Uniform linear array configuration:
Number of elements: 48
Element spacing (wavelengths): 0.25
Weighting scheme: cosine
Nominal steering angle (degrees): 30
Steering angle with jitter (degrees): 30.945
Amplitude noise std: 0.05
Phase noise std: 0.05

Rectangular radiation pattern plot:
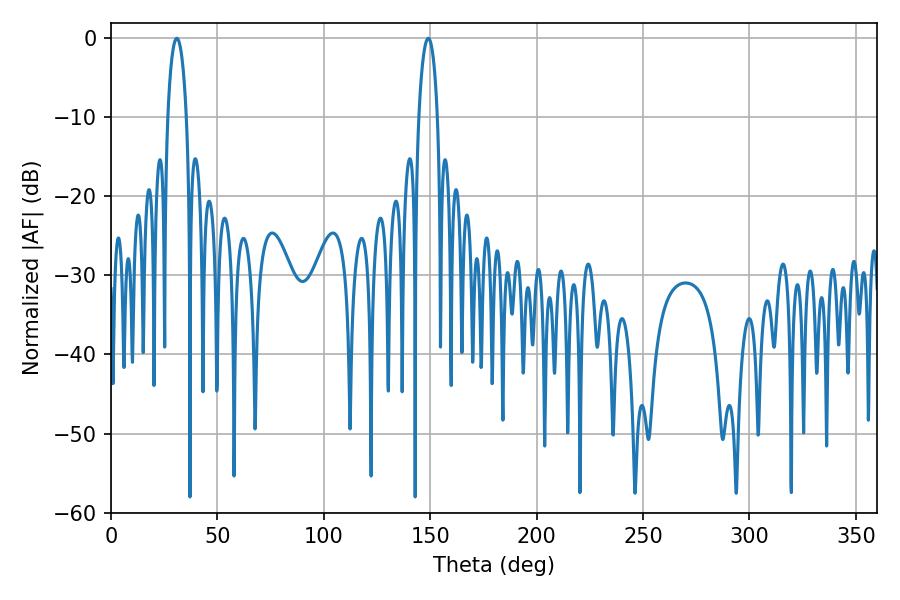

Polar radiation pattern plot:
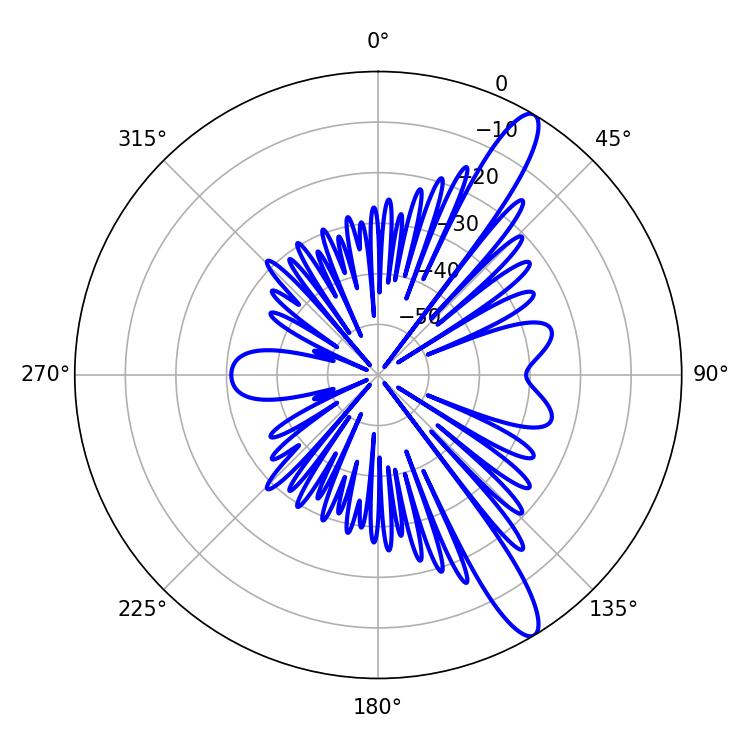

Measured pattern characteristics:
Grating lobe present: FALSE
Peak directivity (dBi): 12.978
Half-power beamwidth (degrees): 5.04
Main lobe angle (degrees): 30.96